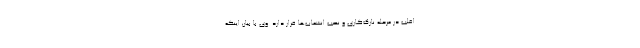
اغلب در مرحله نازک‌کاری و نصب انشعاب‌ها قرار دارد. وی با بیان اینکه